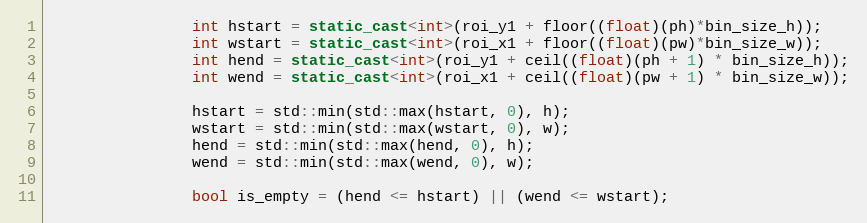
Language: C++
                int hstart = static_cast<int>(roi_y1 + floor((float)(ph)*bin_size_h));
                int wstart = static_cast<int>(roi_x1 + floor((float)(pw)*bin_size_w));
                int hend = static_cast<int>(roi_y1 + ceil((float)(ph + 1) * bin_size_h));
                int wend = static_cast<int>(roi_x1 + ceil((float)(pw + 1) * bin_size_w));

                hstart = std::min(std::max(hstart, 0), h);
                wstart = std::min(std::max(wstart, 0), w);
                hend = std::min(std::max(hend, 0), h);
                wend = std::min(std::max(wend, 0), w);

                bool is_empty = (hend <= hstart) || (wend <= wstart);